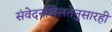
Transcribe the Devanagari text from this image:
संवेदनशिलतेनुसारही